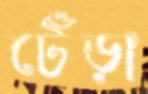
টেঁড়া